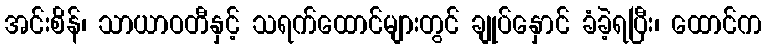
အင်းစိန်၊ သာယာဝတီနှင့် သရက်ထောင်များတွင် ချုပ်နှောင် ခံခဲ့ရပြီး၊ ထောင်က